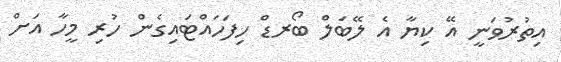
އިތުރުވަނީ އޭ ކިޔާ އެ ލޭބަލް ބޯރޑް ހިފަަހައްޓައިގެން ހުރި މީހާ އަށް